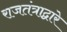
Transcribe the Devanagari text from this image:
राजतंत्राद्वारे